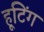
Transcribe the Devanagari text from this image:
हूटिंग